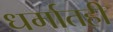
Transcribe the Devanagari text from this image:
धर्मातही